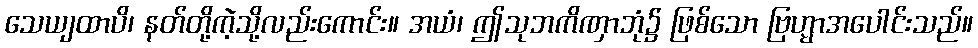
သေယျထာပိ၊ နတ်တို့ကဲ့သို့လည်းကောင်း။ အယံ၊ ဤသုဘကိဏှာဘုံ၌ ဖြစ်သော ဗြဟ္မာအပေါင်းသည်။